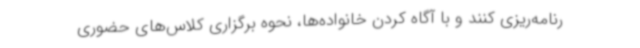
رنامه‌ریزی کنند و با آگاه کردن خانواده‌ها، نحوه برگزاری کلاس‌های حضوری